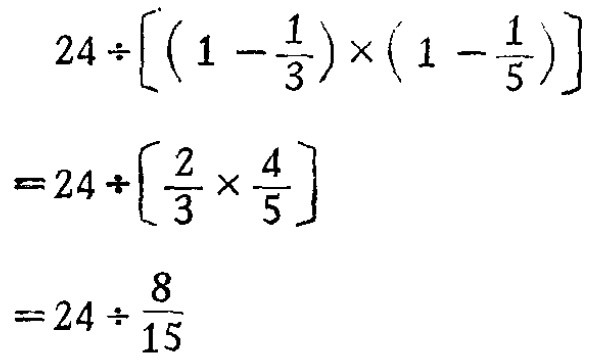
\[

\begin{align*}

&24\div\left[\left(1 - \frac{1}{3}\right)\times\left(1 - \frac{1}{5}\right)\right]\\

=&24\div\left[\frac{2}{3}\times\frac{4}{5}\right]\\

=&24\div\frac{8}{15}

\end{align*}

\]